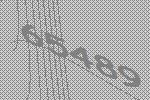
65489